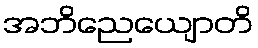
အဘိညေယျောတိ